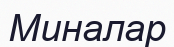
Миналар